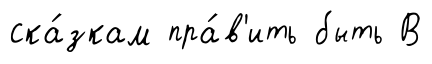
ска́зкам пра́в'ить быть В